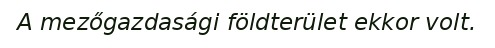
A mezőgazdasági földterület ekkor volt.